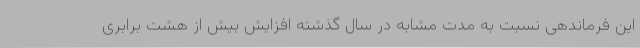
این فرماندهی نسبت به مدت مشابه در سال گذشته افزایش بیش از هشت برابری